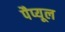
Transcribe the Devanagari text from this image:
पैप्यूल